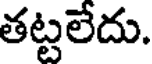
తట్టలేదు.